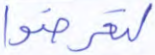
لتعرضوا